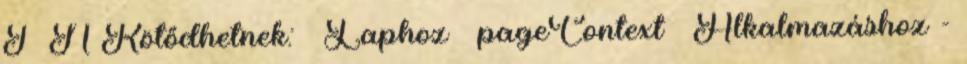
I N Kötődhetnek:  Laphoz – pageContext  Alkalmazáshoz -